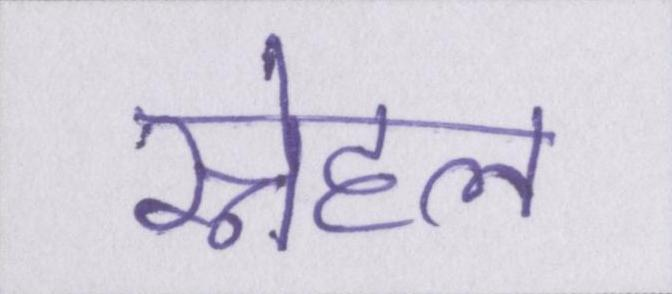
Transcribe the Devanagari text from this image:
स्नेहल